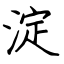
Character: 淀